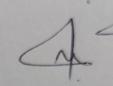
Signature authenticity: genuine